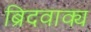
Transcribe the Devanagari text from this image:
ब्रिदवाक्य